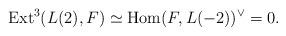
LaTeX: \begin{align*}\mathrm{Ext}^3(L(2),F)\simeq\mathrm{Hom}(F,L(-2))^{\vee}=0.\end{align*}